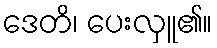
ဒေတိ၊ ပေးလှူ၏။